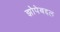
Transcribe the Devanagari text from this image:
झोपेबद्दल